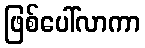
ဖြစ်ပေါ်လာကာ